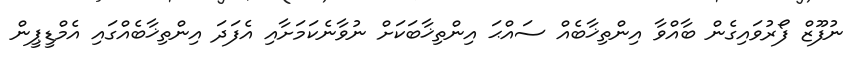
ނުފޫޒް ފޯރުވައިގެން ބާއްވާ އިންތިޚާބެއް ސައްޙަ އިންތިޚާބަކަށް ނުވާނެކަމަށާއި އެފަދަ އިންތިޚާބެއްގައި އެމްޑީޕީން